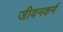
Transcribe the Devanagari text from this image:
जीवनकर्म